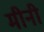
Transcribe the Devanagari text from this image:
मीनी